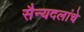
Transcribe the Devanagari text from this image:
सैन्यदलांचे